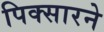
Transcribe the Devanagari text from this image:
पिक्सारने